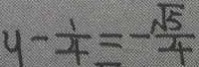
y - \frac { 1 } { 4 } = - \frac { \sqrt { 5 } } { 4 }